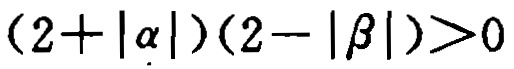
\((2 + |\alpha|)(2 - |\beta|)>0\)